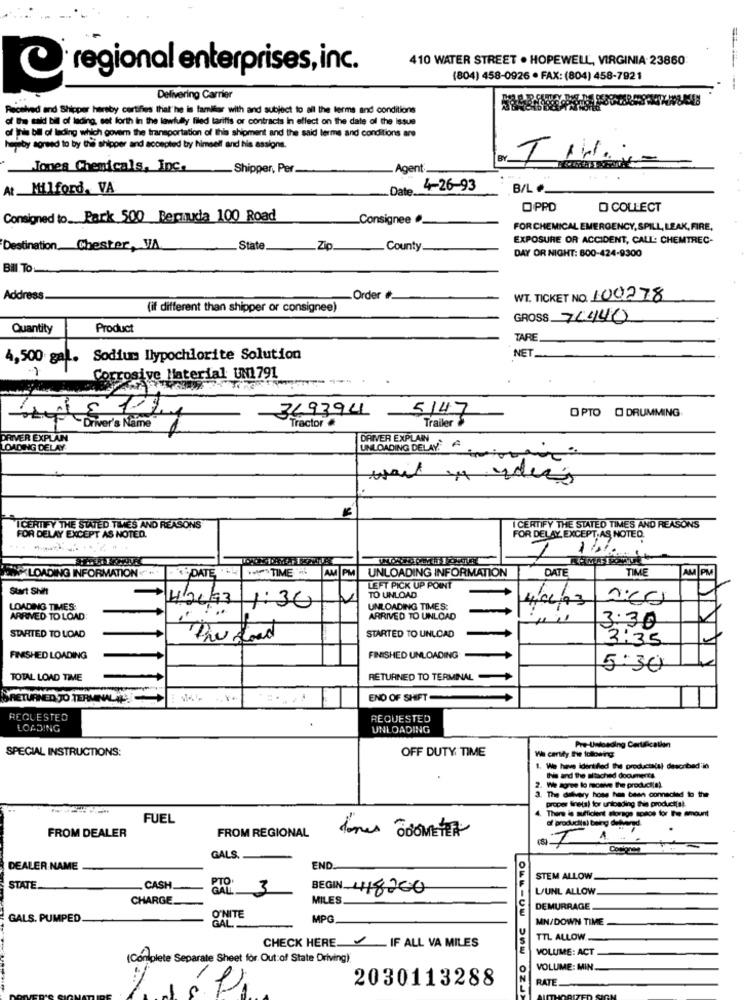
410 WATER STREET . HOPEWELL, VIRGINIA 23860
regional enterprises, inc.
(804) 458-0926 · FAX: (804) 458-7921
Delivering Carrier
Received and Shipper hereby certifies that"he is familiar with and subject to all the terms and conditions
d hh ud bil of lading set forth in the lawfully filed tariffs or contracts In effect on the date of the issue
of This bil of lading which govern the transportation of this shipment and the said terms and conditions are
hemby agreed to by the shipper and accepted by himself and his assigne.
Jones Chemicals, Inc. Shipper, Per
Agent
At. Milford, VA
Date
4-26-93
B/L_
OPPD
D COLLECT
Consigned to Park 500 Bermuda 100 Road
Consignee .
FOR CHEMICAL EMERGENCY, SPILL, LEAK, FIRE,
EXPOSURE OR ACCIDENT, CALL: CHEMTREC-
Destination Chester, VA
.State.
20
-
County
DAY OR NIGHT: 800-424-9300
Bill TO
Address
Order #
WT. TICKET NO. 100278
(if different than shipper or consignee)
GROSS 74440
Quantity
Product
TARE
4,500 gal. Sodium llypochlorite Solution
NET_
Corrosive Material UN1791
369394
OPTO O DRUMMING
5147
Trailer $
Driver's Name
Tractor #
DRIVER EXPLAIN
DRIVER EXPLAIN
LOADING DELAY.
UNLOADING DELAY A
wait s ideas
ICERTIFY THE STATED TIMES AND REASONS
I CERTIFY THE STATED TIMES AND REASONS
FOR DELAY EXCEPT AS NOTED.
FOR DELAY EXCEPT.AS NOTED.
"LOADING INFORMATION ."
DATE
TIME
UNLOADING INFORMATION
DATE
TIME
AM PM
AM PM
Start Shift
LEFT PICK UP POINT
TO UNLOAD
LOADING TIMES:
H2,93 1:30
UNLOADING TIMES:
ARRIVED TO LOAD
ARRIVED TO UNLOAD
3:30
STARTED TO LOAD
the food
STARTED TO UNLOAD
3:35
FINISHED LOADING
FINISHED UNLOADING
5:30
TOTAL LOAD TIME
RETURNED TO TERMINAL
SRETURNED TO TERMINAL
END OF SHIFT
REQUESTED
REQUESTED
LOADING
UNLOADING
SPECIAL INSTRUCTIONS:
OFF DUTY TIME
Pre-Unloading Certification
We cartity the following
1. We have identified the productalal described in
Iho and the stached documents
2. We agree lo receive the product(s).
The dalvery hose has been connected to the
proper finetal for unbeding this product(s).
There is sufficient storage space for The amount
FUEL
FROM DEALER
FROM REGIONAL
of productis) being dehond.
Cosignee
GALS.
DEALER NAME
END
STEM ALLOW
STATE.
CASH.
PTO
3
BEGIN 418200
L/UNL ALLOW
CHARGE
MILES
DEMURRAGE
GALS. PUMPED
O'NITE
MPG
MN/DOWN TIME
TTL ALLOW.
CHECK HERE IF ALL VA MILES
VOLUME: ACT
(Con plete Separate Sheet for Out of State Driving)
VOLUME: MIN
2030113288
RATE.